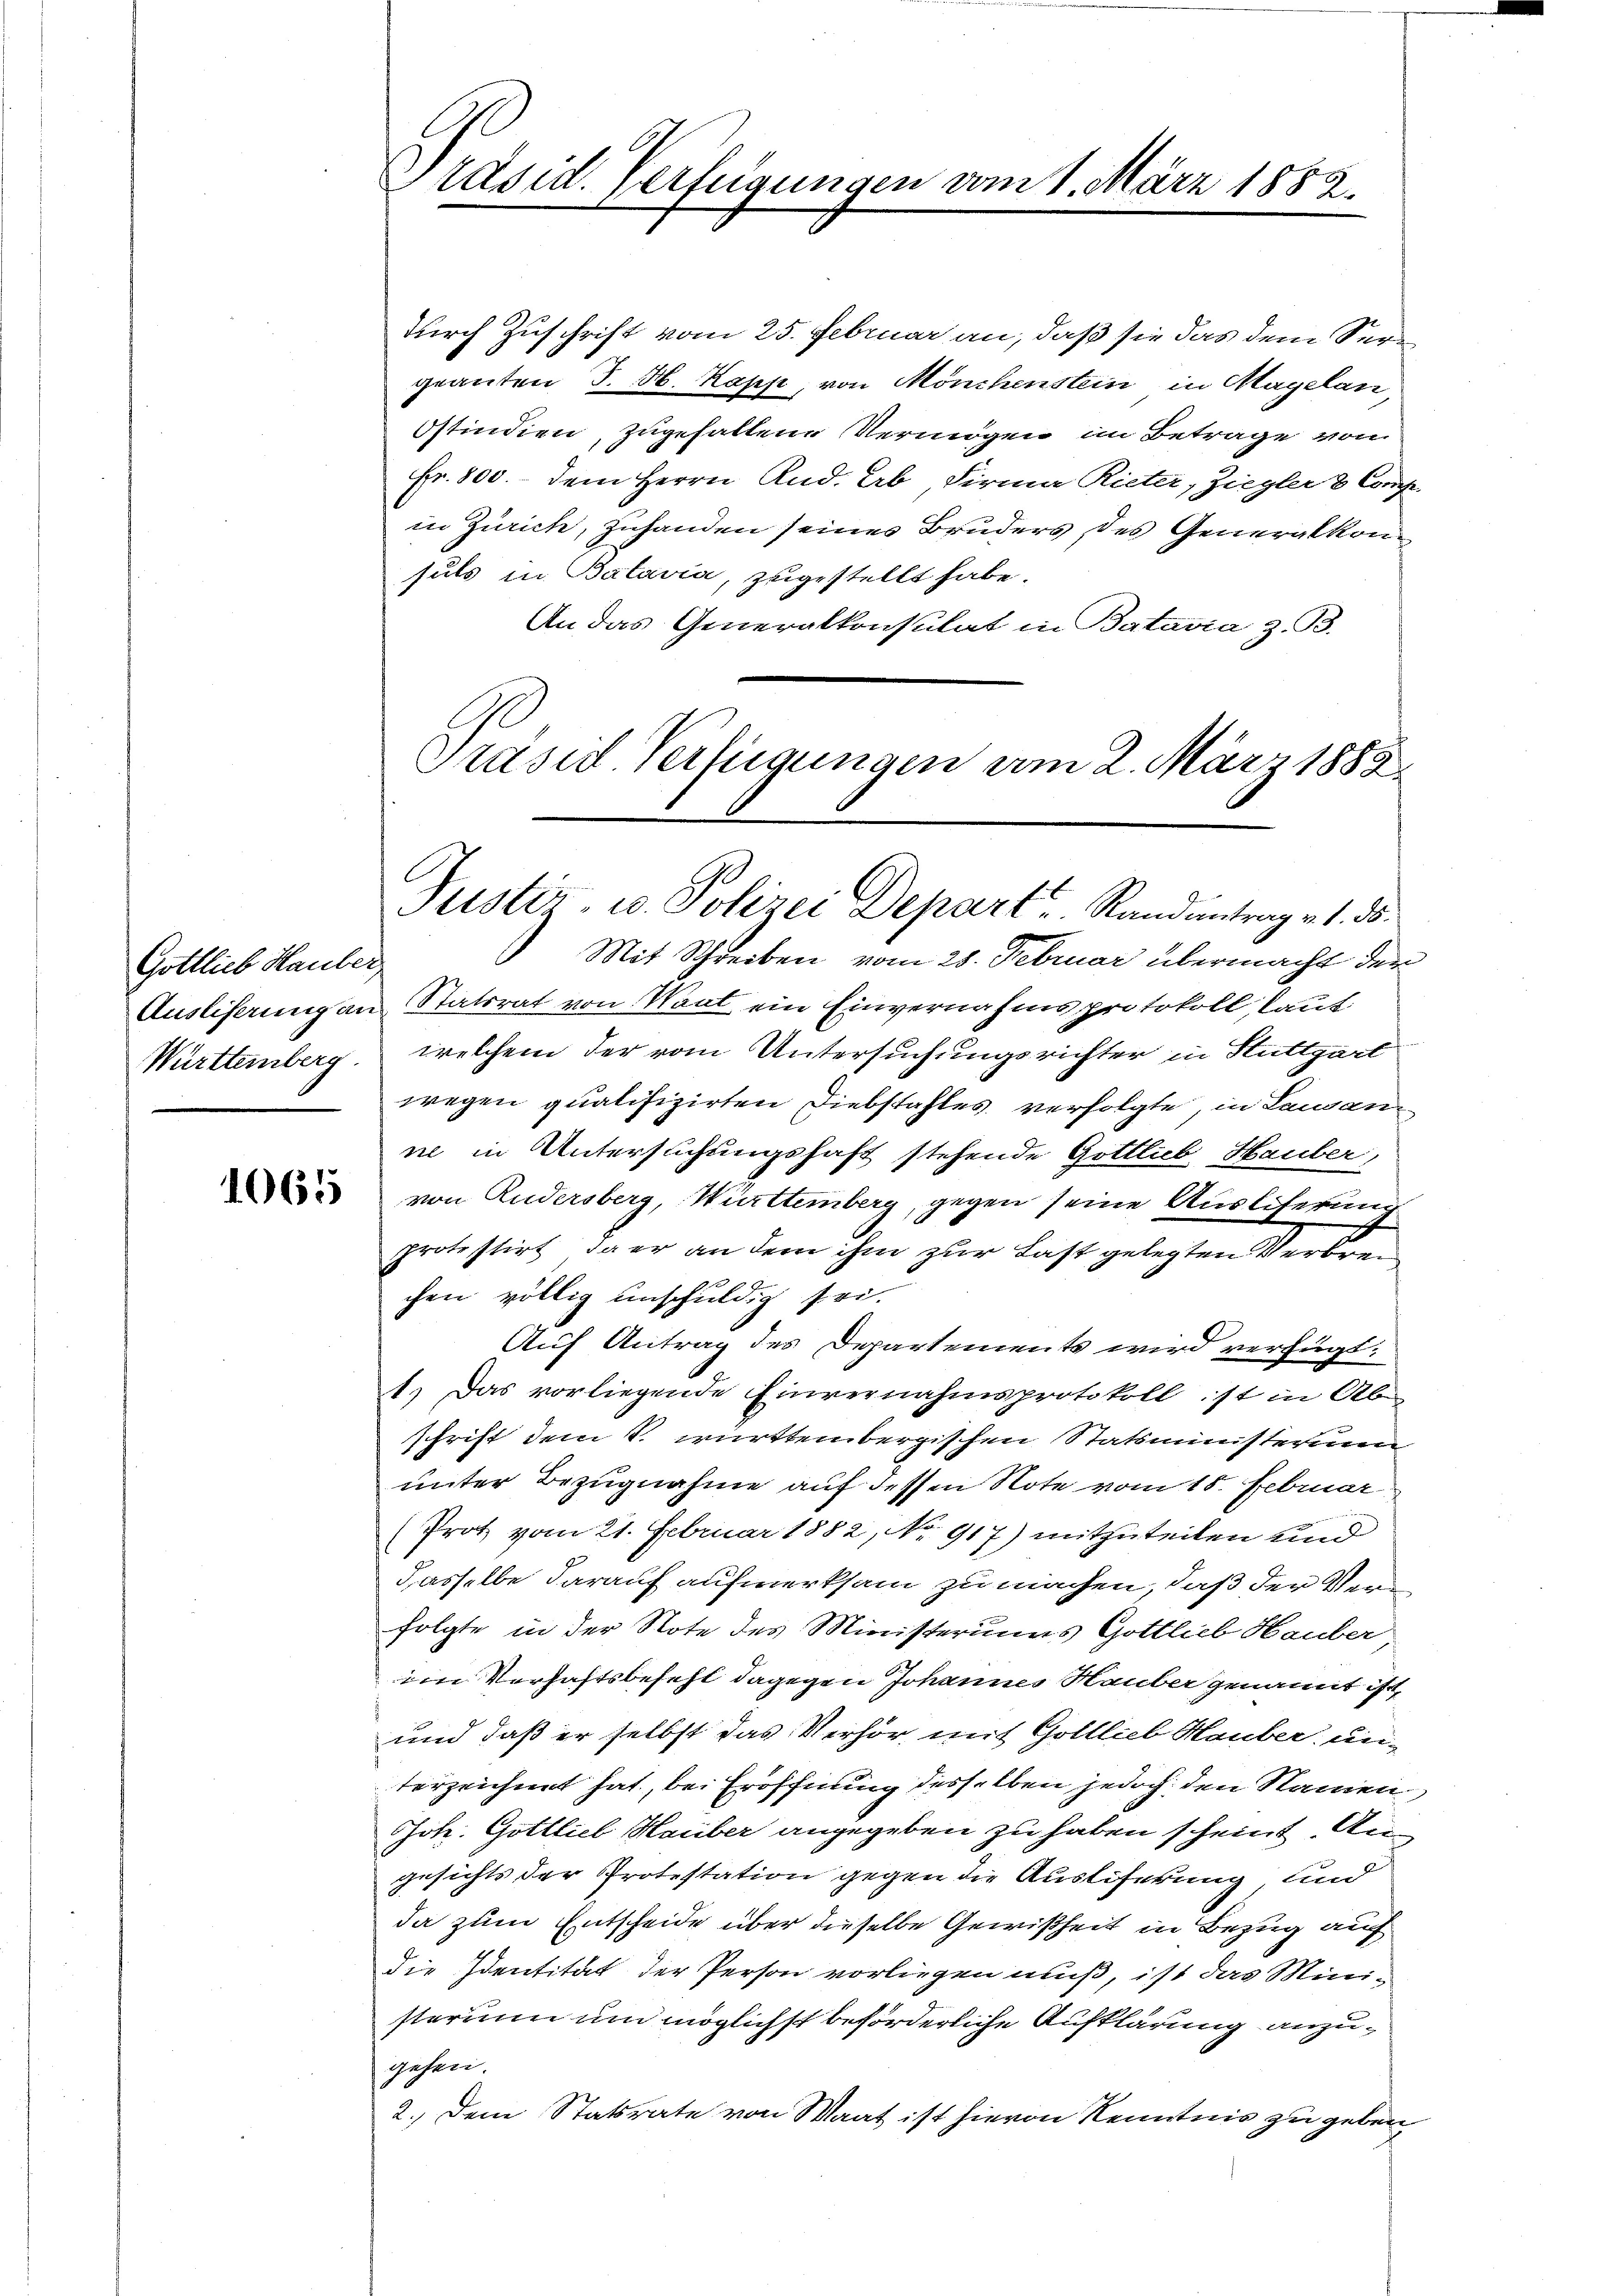
Gottlieb Hauber

1065

durch Zuschrift vom 25. Februar an, daß sie das dem Sergranten J. N. Kapp, von Mönchenstein in Hagelan¬
Istindien, zugefallene Vermögen im Betrage von
Fr. 800.- dem Herrn Rud. Erb, Firma Rieter, Ziegler & Comp.
in Zürich, zuhanden seines Bruders, des Generalkomsuls in Batavia, zugestellt habe.
An das Generalkonsulat in Batavia z. B.
Präsid. Verfügungen vom 2. März 1882.

Mit Schreiben vom 28. Februar übermacht der
Ausliserung an Statsrat von Waat ein Einvernahmsprotokoll, laut
Württemberg, welchem der vom Untersuchungsrichter in Stuttgart
wegen qualifizirten Diebstahles verfolgte, in Lausanie in Untersuchungshaft stehende Gottlieb Hauber,
von Rudersberg, Württemberg, gegen seine Ausliferung
Protestirt, da er an dem ihm zur Last gelegten Verbrechen völlig unschuldig sei.
Auf Antrag des Departements wird verfügt:
1.) Das vorliegende Einvernahmsprotokoll ist in Ab-
schrift dem S. württembergischen Statsministerium
unter Bezugnahme auf dessen Note vom 18. Februar
(Prot vom 21. Februar 1882, No 917) mitzuteilen und
dasselbe darauf aufmerksam zu machen, daß der Verfolgte in der Note des Ministeriums Gottlieb Hauber
im Verhaftsbefehl dagegen Johannes Hauber genannt ist,
und daß er selbst das Verhör, mit Golllieb Hauber, unterzeichnet hat, bei Eröffnung desselben jedoch den Namen
Joh. Gottlieb Hauber angegeben zu haben scheint. Augesichts der Protestation gegen die Auslieferung und
da zum Entscheide über dieselbe Gewißheit in Bezug auf
die Identität der Person vorliegen muß, ist das Ministerium um möglichst beförderliche Aufklärung anzugehen.
2. Dem Statsrate von Maat ist hievon Kenntnis zu geben

Präsid. Verfügungen vom 1. März 1882.

Justiz- u. Polizei Depart u. Randantrag v. d. d.